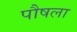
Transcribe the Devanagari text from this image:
पौषला